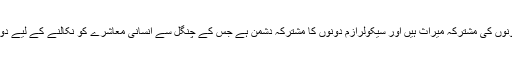
کیونکہ آسمانی تعلیمات دونوں کی مشترکہ میراث ہیں اور سیکولرازم دونوں کا مشترکہ دشمن ہے جس کے چنگل سے انسانی معاشرے کو نکالنے کے لیے دونوں کو محنت کرنا ہوگی۔